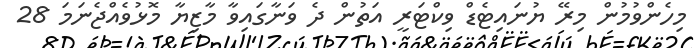
މިހެންވުމުން މިރޭ ޔުނައިޓެޑް ވިކްޓަރީ އަތުން ދެ ވަނާގައިވާ މާޒިޔާ މޮޅުވެއްޖެނަމަ 28